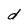
Character: d